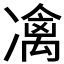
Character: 𠘅